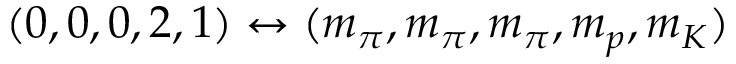
( 0 , 0 , 0 , 2 , 1 ) \leftrightarrow ( m _ { \pi } , m _ { \pi } , m _ { \pi } , m _ { p } , m _ { K } )